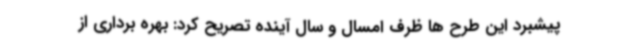
پیشبرد این طرح ها ظرف امسال و سال آینده تصریح کرد: بهره برداری از